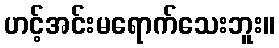
ဟင့်အင်းမရောက်သေးဘူး။